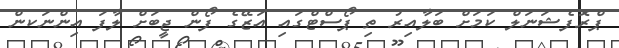
ޕްރޮފެޝަނަލް ކަމަށް ބަލާއިރު ތި ޕޯސްޓްގައި އަޒޭގެ ފޯން ޖީބަށް ލާފަ އިންނަކން